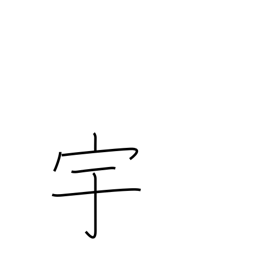
Meaning: house